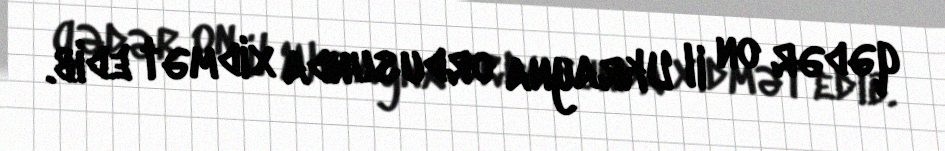
qədər on il Ukrayna ordusunda xidmət edib.